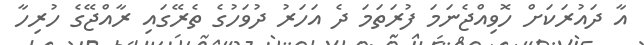
އާ ދައުރަކަށް ހޮވިއްޖެނަމަ ފުރަތަމަ ދެ އަހަރު ދުވަހުގެ ތެރޭގައި ރާއްޖޭގެ ހުރިހާ